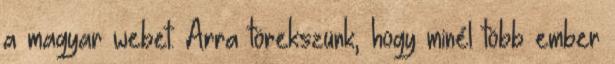
a magyar webet. Arra törekszünk, hogy minél több ember